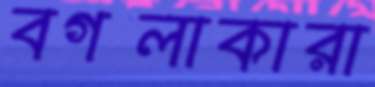
বগলাকারা